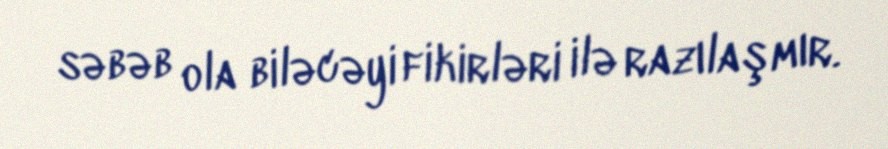
səbəb ola biləcəyi fikirləri ilə razılaşmır.